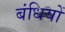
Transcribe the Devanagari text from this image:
बंधियों